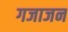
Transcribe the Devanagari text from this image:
गजाजन